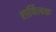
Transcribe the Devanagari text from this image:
शर्विलक